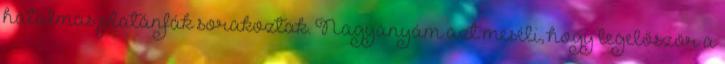
hatalmas platánfák sorakoztak. Nagyanyám azt meséli, hogy legelőször a